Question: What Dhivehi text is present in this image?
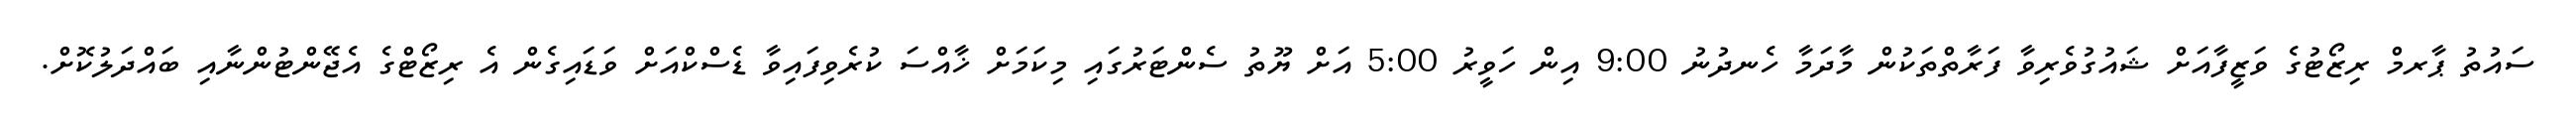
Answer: ސައުތު ޕާރމް ރިޒޯޓުގެ ވަޒީފާއަށް ޝައުގުވެރިވާ ފަރާތްތަކުން މާދަމާ ހެނދުނު 9:00 އިން ހަވީރު 5:00 އަށް ޔޫތު ސެންޓަރުގައި މިކަމަށް ޚާއްސަ ކުރެވިފައިވާ ޑެސްކްއަށް ވަޑައިގެން އެ ރިޒޯޓްގެ އެޖޭންޓުންނާއި ބައްދަލުކޮށް.